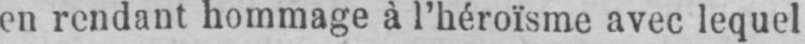
en rendant hommage à l’héroïsme avec lequel